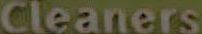
Cleaners